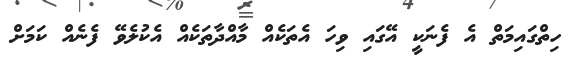
ހިތްގައިމަތް އެ ފެނަކީ އޭގައި ވިހަ އެތަކެއް މާއްދާތަކެއް އެކުލެވޭ ފެނެއް ކަމަށް